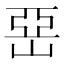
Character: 𡹅